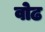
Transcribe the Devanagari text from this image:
वोढ